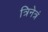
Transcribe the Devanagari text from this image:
त्रिनेत्रं